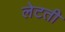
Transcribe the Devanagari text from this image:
लेटती